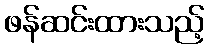
ဖန်ဆင်းထားသည့်